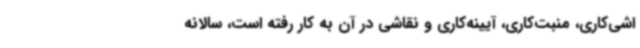
اشی‌کاری، منبت‌کاری، آیینه‌کاری و نقاشی در آن به کار رفته است، سالانه